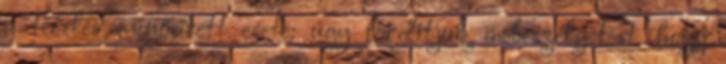
a terelés minősített esete: úgy fordítjuk a beszélgetést, hogy